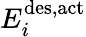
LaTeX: E_{i}^{\mathrm{{des,act}}}